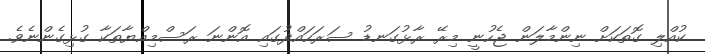
ކުއްލި ގޮތަކަށް ނިންމާލަން ޖެހުނީ މިރޭ ރާޅުގަނޑު ސަރަހައްދުގައި އޮންނަ ރަސްމިއްޔާތަކާ ގުޅިގެންނެވެ.